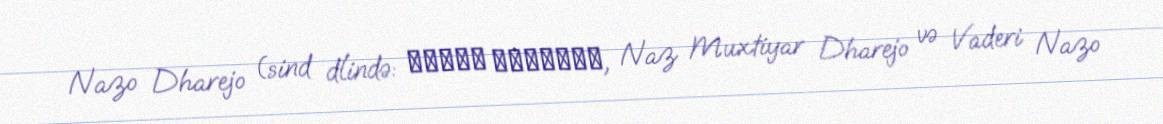
Nazo Dharejo (sind dlində: نازُو ڌَاريجو, Naz Muxtiyar Dharejo və Vaderi Nazo